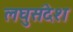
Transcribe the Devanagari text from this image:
लघुसंदेश